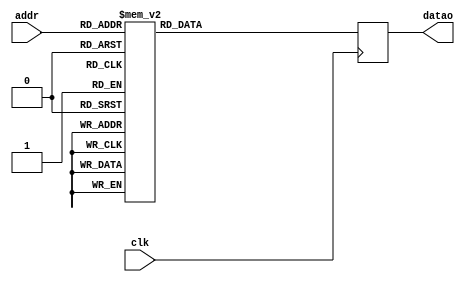
module ROMO (
    addr,
    clk,
    datao
);


input [5:0] addr;
input clk;
output [13:0] datao;
reg [13:0] datao;






always @(posedge clk) begin: ROMO_BEH_OUTPUT_ASSIGN
    case (addr)
        0: datao <= 0;
        1: datao <= 400;
        2: datao <= 1138;
        3: datao <= 1538;
        4: datao <= 1703;
        5: datao <= 2103;
        6: datao <= 2841;
        7: datao <= 3241;
        8: datao <= 2009;
        9: datao <= 2409;
        10: datao <= 3147;
        11: datao <= 3547;
        12: datao <= 3712;
        13: datao <= 4112;
        14: datao <= 4850;
        15: datao <= 5250;
        16: datao <= 0;
        17: datao <= (-1138);
        18: datao <= (-2009);
        19: datao <= (-3147);
        20: datao <= (-400);
        21: datao <= (-1538);
        22: datao <= (-2409);
        23: datao <= (-3547);
        24: datao <= 1703;
        25: datao <= 565;
        26: datao <= (-306);
        27: datao <= (-1444);
        28: datao <= 1303;
        29: datao <= 165;
        30: datao <= (-706);
        31: datao <= (-1844);
        32: datao <= 0;
        33: datao <= 1703;
        34: datao <= 400;
        35: datao <= 2103;
        36: datao <= (-2009);
        37: datao <= (-306);
        38: datao <= (-1609);
        39: datao <= 94;
        40: datao <= 1138;
        41: datao <= 2841;
        42: datao <= 1538;
        43: datao <= 3241;
        44: datao <= (-871);
        45: datao <= 832;
        46: datao <= (-471);
        47: datao <= 1232;
        48: datao <= 0;
        49: datao <= (-2009);
        50: datao <= 1703;
        51: datao <= (-306);
        52: datao <= (-1138);
        53: datao <= (-3147);
        54: datao <= 871;
        55: datao <= (-1444);
        56: datao <= 400;
        57: datao <= (-1609);
        58: datao <= 2103;
        59: datao <= 94;
        60: datao <= (-738);
        61: datao <= (-2747);
        62: datao <= 965;
        default: datao <= (-1044);
    endcase
end

endmodule